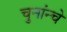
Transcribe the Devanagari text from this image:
चुनांन्चे